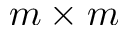
m \times m